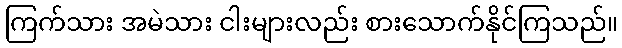
ကြက်သား အမဲသား ငါးများလည်း စားသောက်နိုင်ကြသည်။